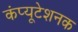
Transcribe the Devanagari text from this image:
कंप्यूटेशनक